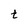
Character: t